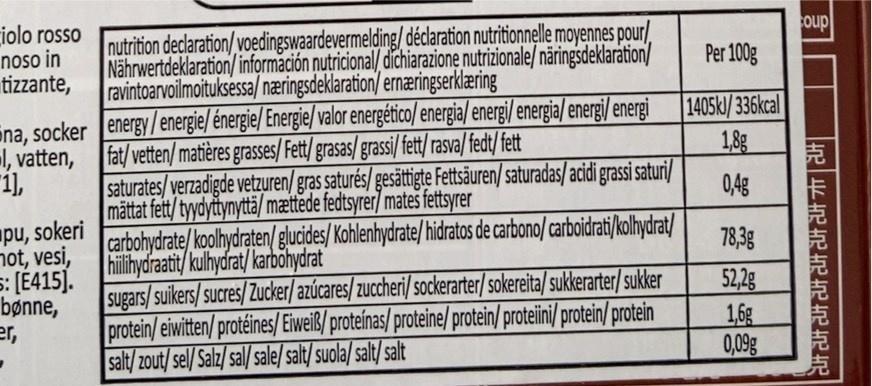
iolo rosso noso in tizzante,
na, socker
l, vatten, "1],
pu, sokeri
mot, vesi, 5: [E415]. bønne, er,
declaration/voedingswaardevermelding/ déclaration nutritionnelle moyennes pour/ Nährwertdeklaration/información nutricional/ dichiarazione nutrizionale/ näringsdeklaration/ ravintoarvoilmoituksessa/ næringsdeklaration/ ernæringserklæring
nutrition
energy/energie/ énergie/ Energie/ valor energético/energia/ energi/ energia/ energi/energi fat/vetten/ matières grasses/ Fett/grasas/ grassi/fett/rasva/fedt/fett
saturates/verzadigde vetzuren/gras saturés/ gesättigte Fettsäuren/saturadas/acidi grassi saturi/ mättat fett/tyydyttynyttä/ mættede fedtsyrer/ mates fettsyrer carbohydrate/koolhydraten/glucides/ hiilihydraatit/kulhydrat/ karbohydrat
Kohlenhydrate/hidratos de carbono/ carboidrati/kolhydrat/
sugars/suikers/sucres/Zucker/ azúcares/ zuccheri/ sockerarter/sokereita/sukkerarter/sukker protein/ eiwitten/protéines/ Eiweiß/proteínas/proteine/ protein/proteiini/protein/protein salt/zout/sel/Salz/sal/sale/ salt/suola/salt/salt
Per 100g
1405kJ/336kcal
1,8g
0,4g
78,3g
52,2g
1,6g
0,09g
coup
403 444 40² 403 40² the the the the